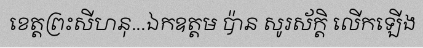
ខេត្តព្រះសីហនុ...ឯកឧត្តម ប៉ាន សូរស័ក្តិ លើកឡើង